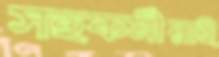
সহকর্মীরাই